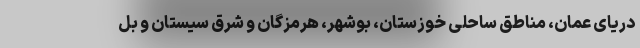
دریای عمان، مناطق ساحلی خوزستان، بوشهر، هرمزگان و شرق سیستان و بل